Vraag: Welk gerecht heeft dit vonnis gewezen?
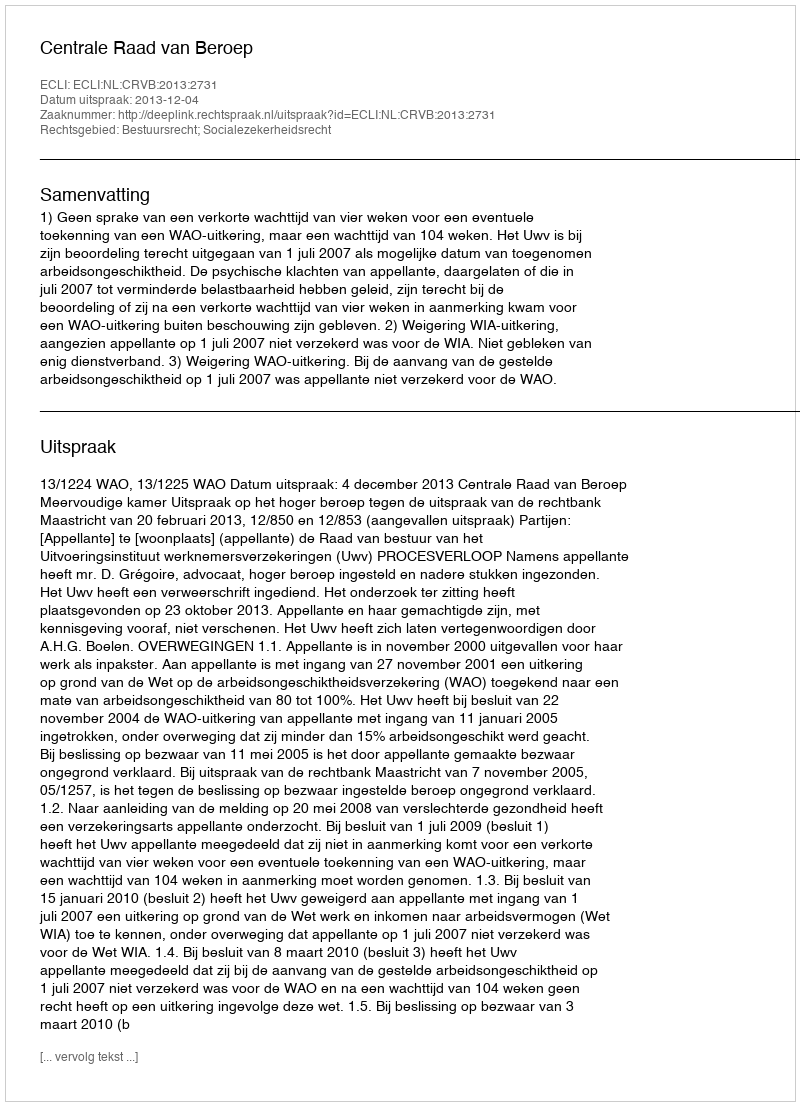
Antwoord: Centrale Raad van Beroep